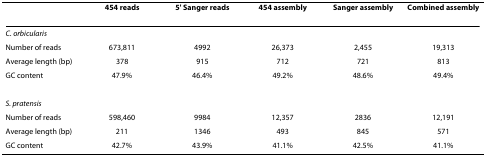
|  | 454 reads | 5' Sanger reads | 454 assembly | Sanger assembly | Combined assembly |
 | --- | --- | --- | --- | --- | --- |
 | C. orbicularis |  |  |  |  |  |
 | Number of reads | 673,811 | 4992 | 26,373 | 2,455 | 19,313 |
 | Average length (bp) | 378 | 915 | 712 | 721 | 813 |
 | GC content | 47.9% | 46.4% | 49.2% | 48.6% | 49.4% |
 | S. pratensis |  |  |  |  |  |
 | Number of reads | 598,460 | 9984 | 12,357 | 2836 | 12,191 |
 | Average length (bp) | 211 | 1346 | 493 | 845 | 571 |
 | GC content | 42.7% | 43.9% | 41.1% | 42.5% | 41.1% |